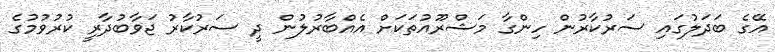
އޭގެ ބަދަލުގައި ސަރުކާރުން ހިންގާ މަޝްރޫއުތަކަށް އެއްބާރުލުން ދީ ސަރުކާރު ޖަވާބުދާރީ ކުރުވުމުގެ